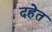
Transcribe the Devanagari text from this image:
दहेत